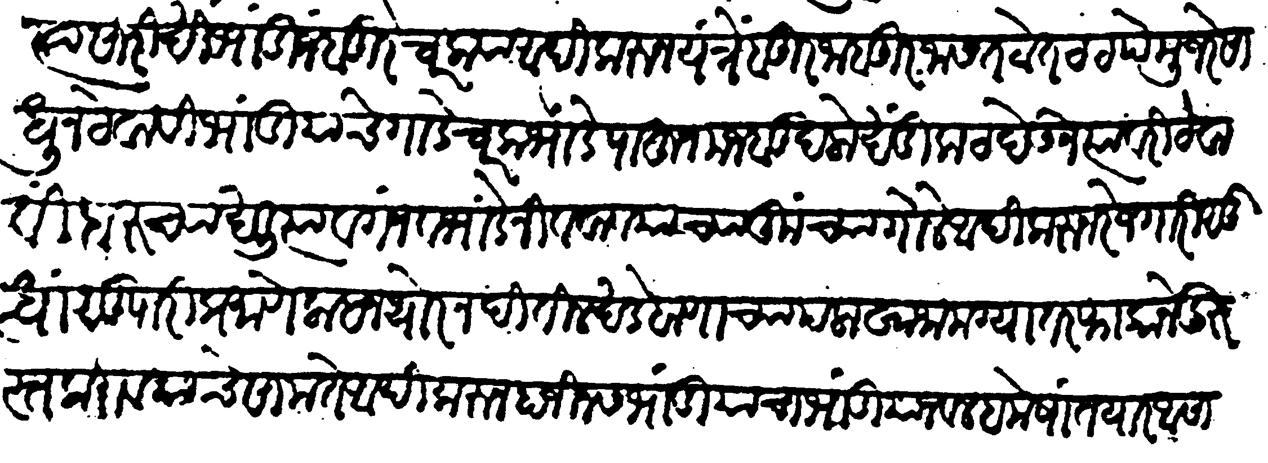
Transliteration (Devanagari): त्यासारिखीं भांडी जुंबरे चरक्या आदिकरुन यंत्रं बुरजाबुरजास तटोतट टप्पेमुजरे साधून ठेवावीं भांडियांचे गाडे चरक भांडे पाहून मजबूद लोखंडी कट देऊन त्यावरी ठेवावीं दारुच्या खलित्या व गंज व भांडे निववावयाच्या कुंच्या गोळे आदिकरुन रोजगारी सुधा सुपारी प्रमाणे लाहान थोर नदींतील खडे बाणाच्या पलाखा जामग्या तरफा काने दुरुस्त करावयाचे सामान आदिकरुन हा जिन्नस भांडियाचा भांडियाजल हमेशा तयार आसावा